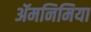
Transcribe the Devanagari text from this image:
ॲमनिमिया